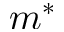
m ^ { * }